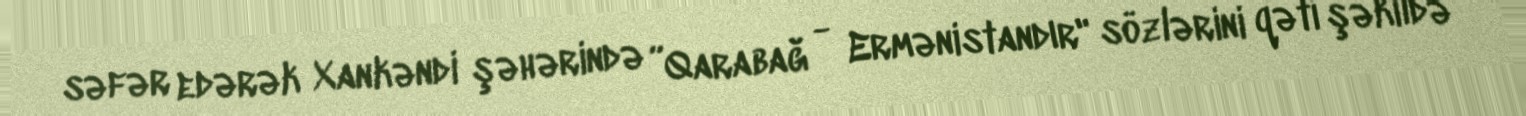
səfər edərək Xankəndi şəhərində ”Qarabağ - Ermənistandır" sözlərini qəti şəkildə